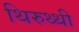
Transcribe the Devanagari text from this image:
थिरुथ्थी